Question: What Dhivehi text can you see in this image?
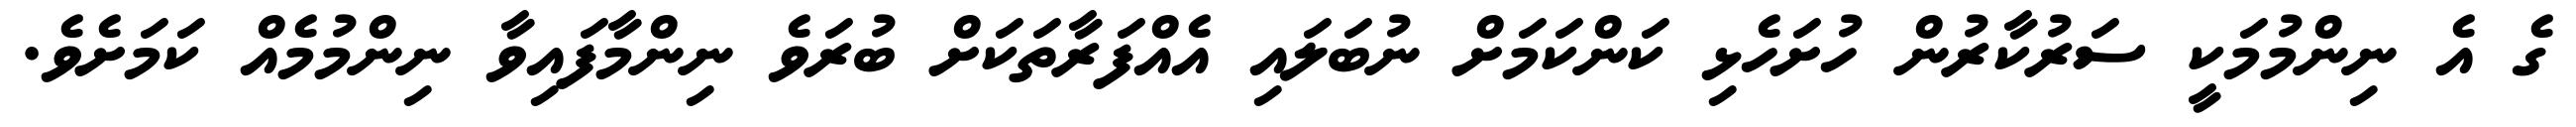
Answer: ގެ އެ ނިންމުމަކީ ސަރުކާރުން ހުށަހެޅި ކަންކަމަށް ނުބަލައި އެއްފަރާތަކަށް ބުރަވެ ނިންމާފައިވާ ނިންމުމެއް ކަމަށެވެ.